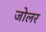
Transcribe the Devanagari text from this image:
जोलर